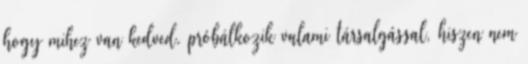
hogy mihez van kedved. próbálkozik valami társalgással, hiszen nem